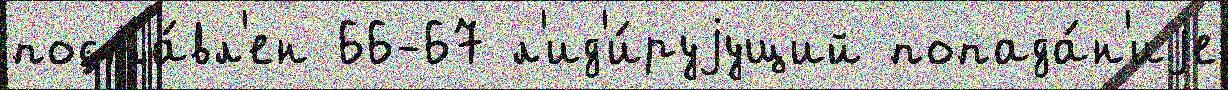
поста́вл'ен 66-67 л'ид'и́руjущий попада́н'иjе